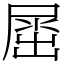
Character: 𡲬